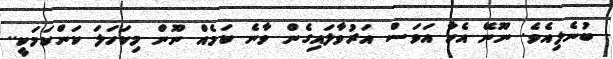
ބުނެލިއެވެ. ނޫނޭ އެހާ އަވަސް އަރުވާލައިގެން ވާނެ ކަމެއް ނޫން މިކަހަލަ ކަންކަމަކީ..